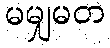
မမျှမတ